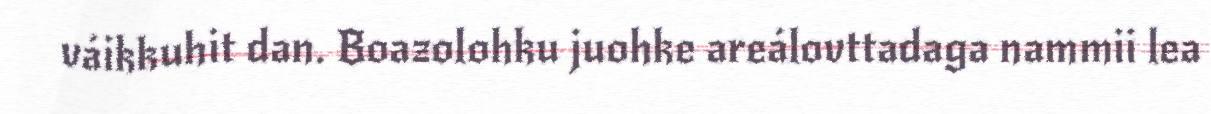
váikkuhit dan. Boazolohku juohke areálovttadaga nammii lea